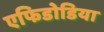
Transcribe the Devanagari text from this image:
एफिडोडिया